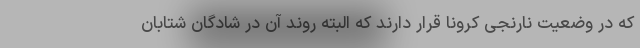
که در وضعیت نارنجی کرونا قرار دارند که البته روند آن در شادگان شتابان